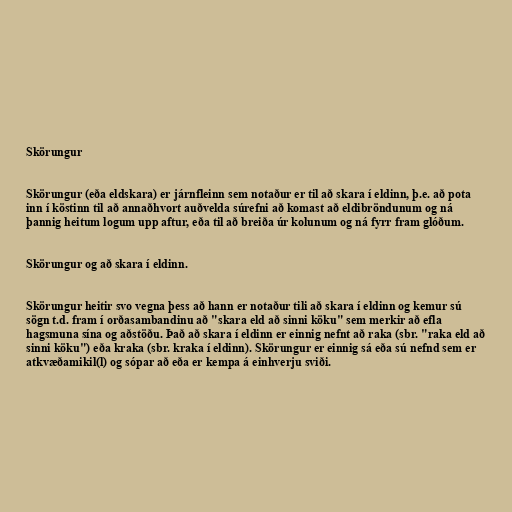
Skörungur

Skörungur (eða eldskara) er járnfleinn sem notaður er til að skara í eldinn, þ.e. að pota
inn í köstinn til að annaðhvort auðvelda súrefni að komast að eldibröndunum og ná
þannig heitum logum upp aftur, eða til að breiða úr kolunum og ná fyrr fram glóðum.

Skörungur og að skara í eldinn.

Skörungur heitir svo vegna þess að hann er notaður tili að skara í eldinn og kemur sú
sögn t.d. fram í orðasambandinu að "skara eld að sinni köku" sem merkir að efla
hagsmuna sína og aðstöðu. Það að skara í eldinn er einnig nefnt að raka (sbr. "raka eld að
sinni köku") eða kraka (sbr. kraka í eldinn). Skörungur er einnig sá eða sú nefnd sem er
atkvæðamikil(l) og sópar að eða er kempa á einhverju sviði.